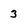
Character: 3